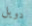
دويل